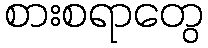
စားစရာတွေ